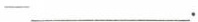
-___.